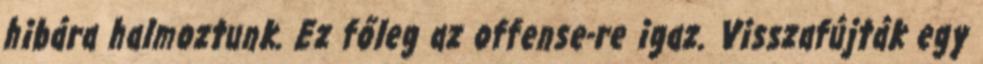
hibára halmoztunk. Ez főleg az offense-re igaz. Visszafújták egy